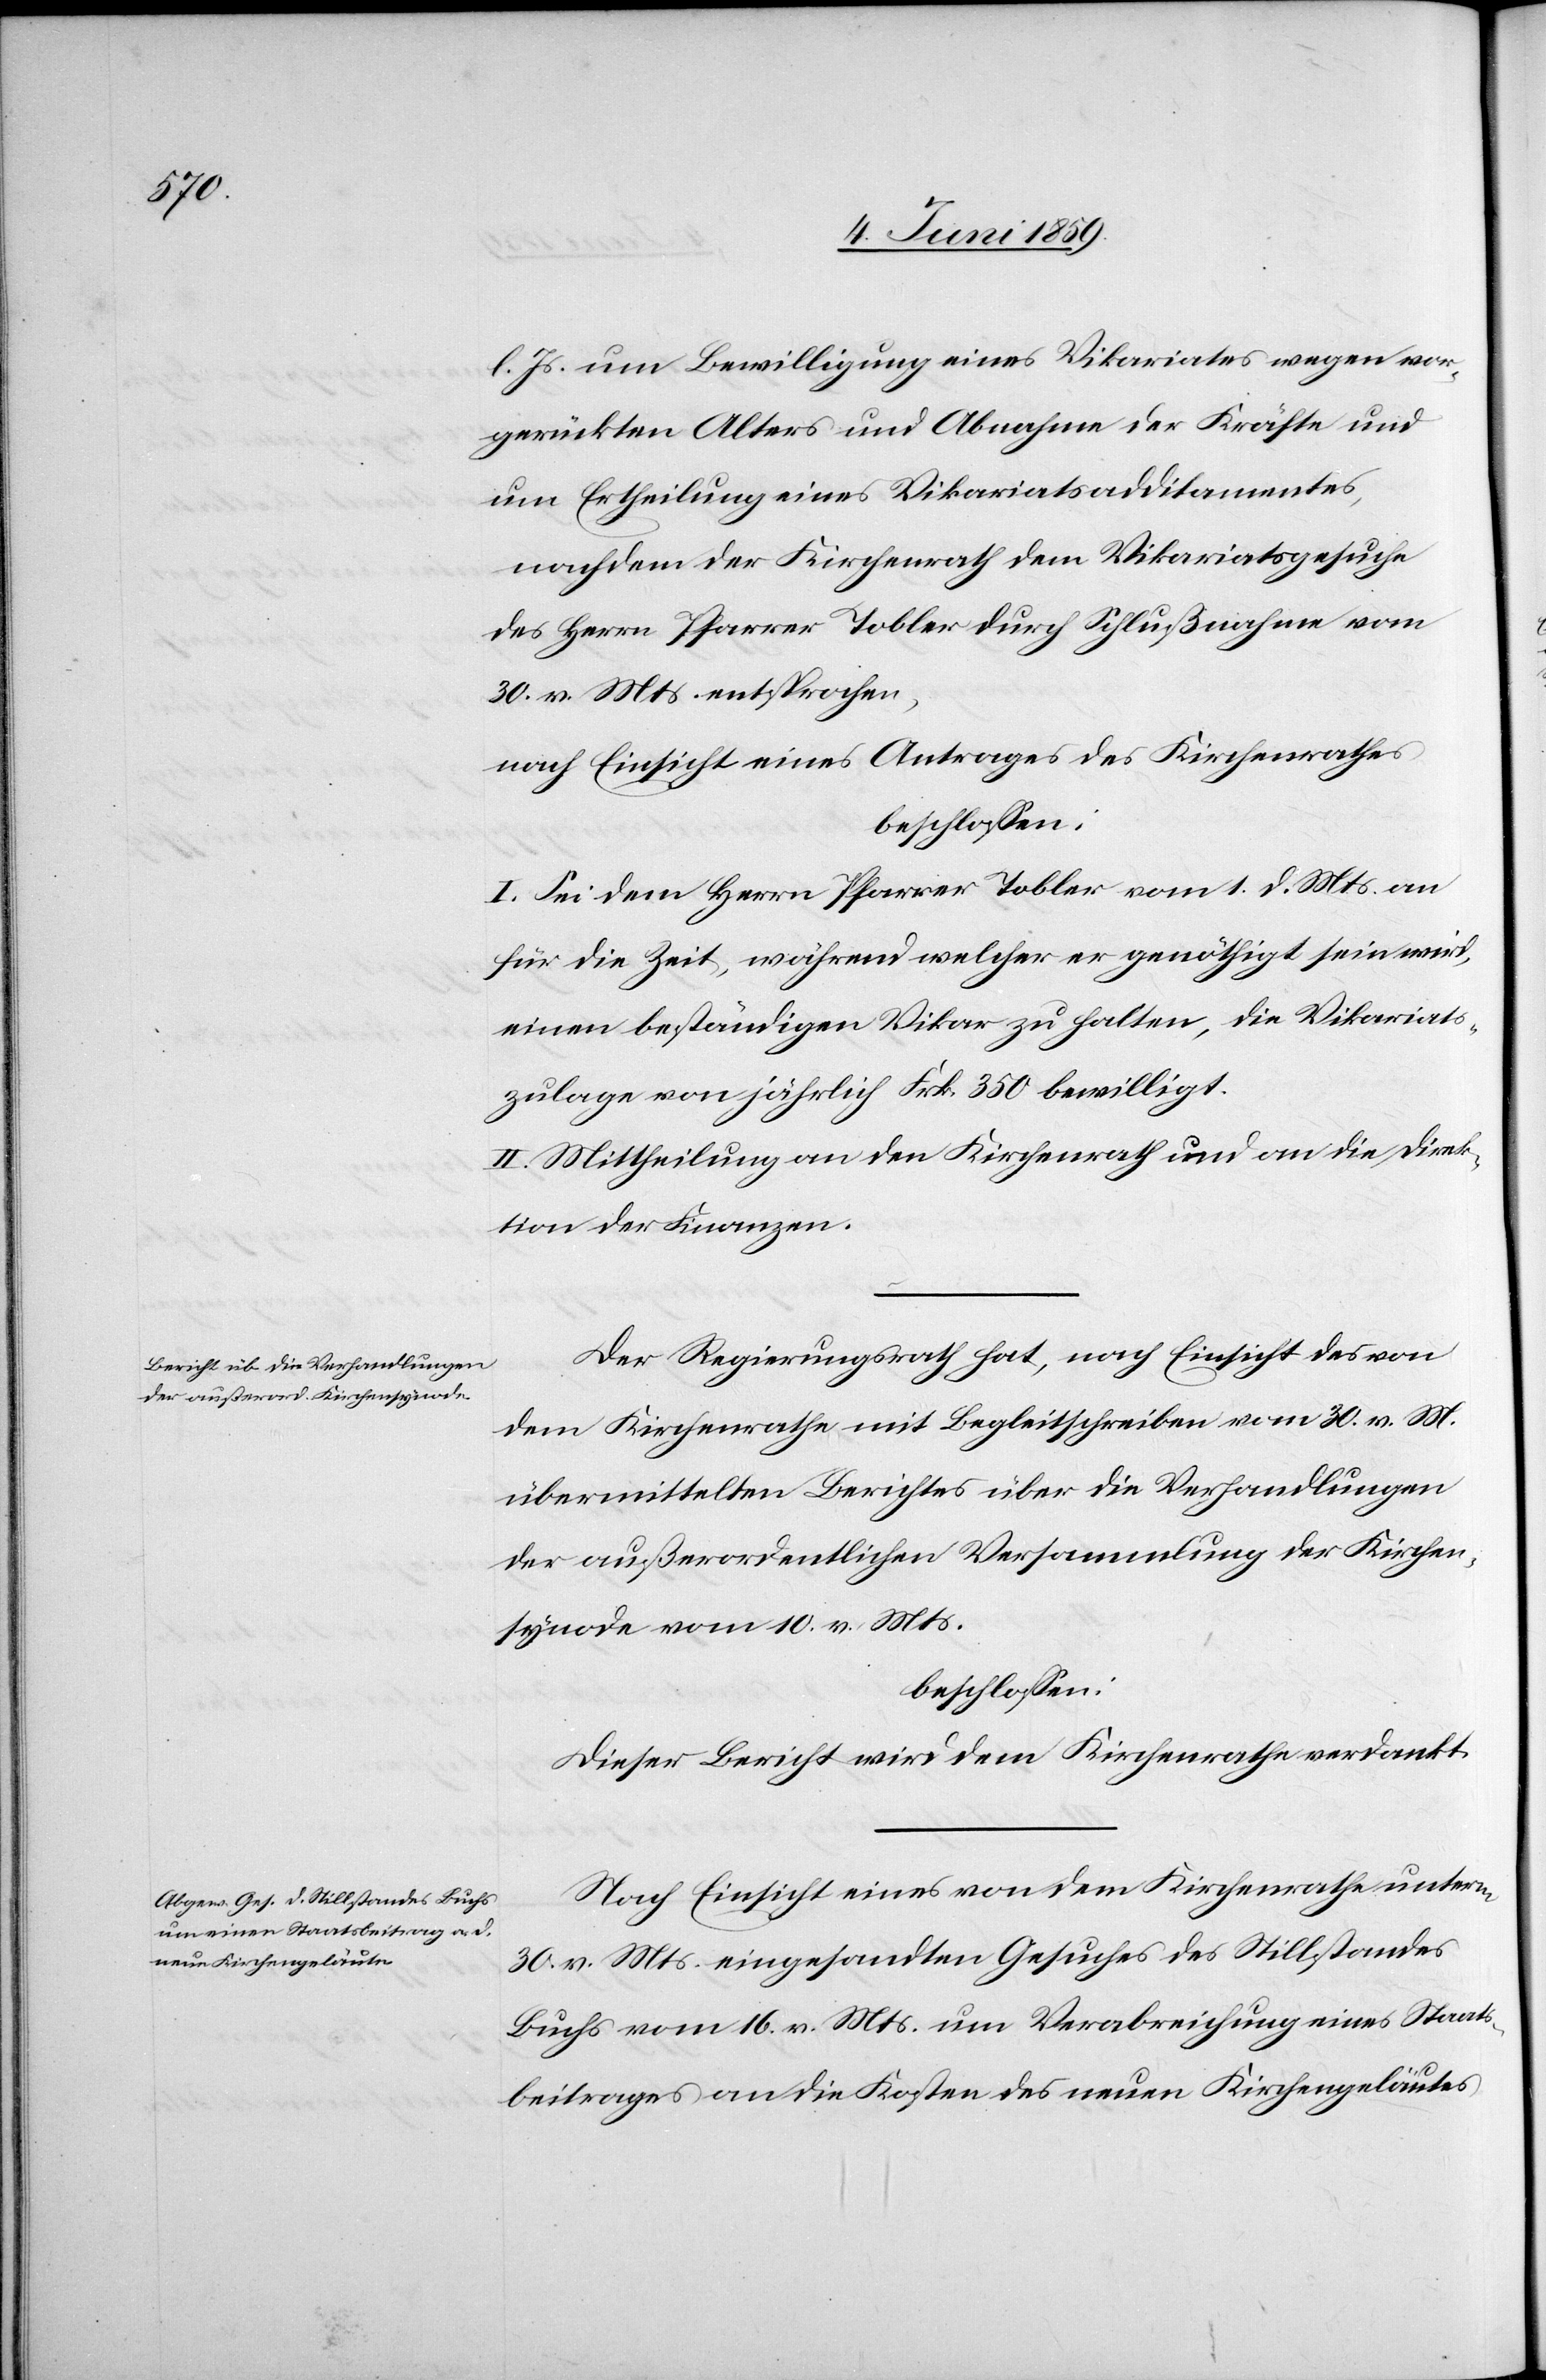
l. Js. um Bewilligung eines Vikariates wegen vor¬
gerückten Alters und Abnahme der Kräfte und
um Ertheilung eines Vikariatsadditamentes,
nachdem der Kirchenrath dem Vikariatsgesuche
des Herrn Pfarrer Tobler durch Schlußnahme vom
30. v. Mts. entsprochen,
nach Einsicht eines Antrages des Kirchenrathes,
beschlossen:
I. Sei dem Herrn Pfarrer Tobler vom 1. d. Mts an
für die Zeit, während welcher er genöthigt sein wird,
einen beständigen Vikar zu halten, die Vikariats¬
zulagen von jährlich Frk. 350 bewilligt.
II. Mittheilung an den Kirchenrath und an die Direk¬
tion der Finanzen.
Der Regierungsrath hat, nach Einsicht des von
dem Kirchenrathe mit Begleitschreiben vom 30. v. M.
übermittelten Berichtes über die Verhandlungen
der außerordentlichen Versammlung der Kirchen¬
synode vom 10. v. Mts.
beschlossen:
Dieser Bericht wird dem Kirchenrathe verdankt.
Nach Einsicht eines von dem Kirchenrathe unterm
30. v. Mts. eingesandten Gesuches des Stillstandes
Buchs vom 16. v. Mts. um Verabreichung eines Staats¬
beitrages an die Kosten des neuen Kirchengeläutes